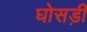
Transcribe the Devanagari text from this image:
घोसड़ी